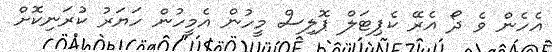
އެހެން ވެ ދޯ އެރޭ ކެޕިޓަލް ޕޮލިސް މީހުން އެމީހުން ހަޔަރު ކުރަނިކޮށް